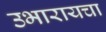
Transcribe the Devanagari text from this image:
उभारायचा